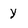
Character: y